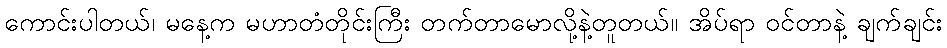
ကောင်းပါတယ်၊ မနေ့က မဟာတံတိုင်းကြီး တက်တာမောလို့နဲ့တူတယ်။ အိပ်ရာ ဝင်တာနဲ့ ချက်ချင်း